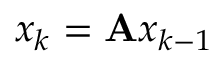
x _ { k } = \mathbf { A } x _ { k - 1 }